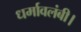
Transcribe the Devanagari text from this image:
धर्मावलंबी।